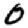
Digit: 0